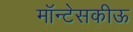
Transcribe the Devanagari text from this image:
मॉन्टेसकीऊ